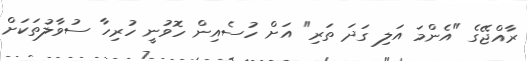
ރާއްޖޭގެ "އެންމަ އަލި ގަދަ ތަރި" އަށް ހުސެއިން ހޮވުނީ ހުރިހާ ސުވާލުތަކަށް